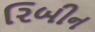
રિબીન